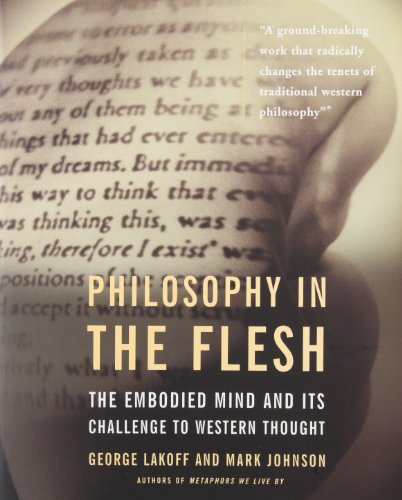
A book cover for Philosophy in the Flesh: the Embodied Mind & its Challenge to Western Thought; George Lakoff; Politics & Social Sciences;